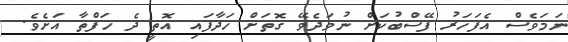
ނަމަވެސް އެފަހަރު ފޭސްބުކަށް ނުވަދެވޭ ގޮތަށް ހަދާފައި އޮތީ ދެ ހަފްތާ އަށެވެ.